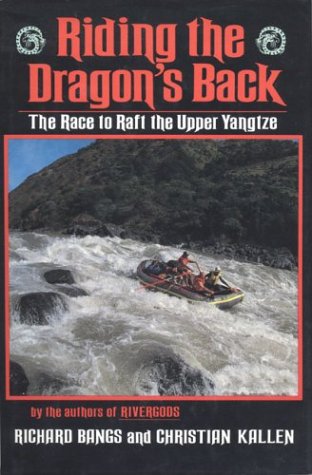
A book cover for Riding the Dragon's Back: The Race to Raft the Upper Yangtze; Richard Bangs; Sports & Outdoors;